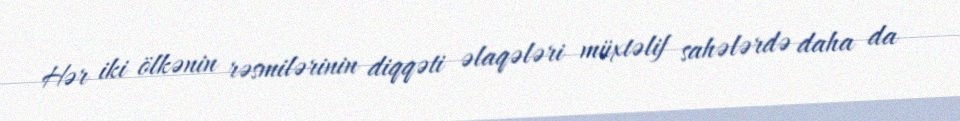
Hər iki ölkənin rəsmilərinin diqqəti əlaqələri müxtəlif sahələrdə daha da